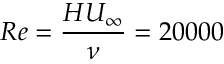
R e = \frac { H U _ { \infty } } { \nu } = 2 0 0 0 0